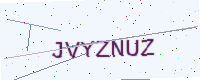
Text: JVYZNUZ